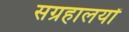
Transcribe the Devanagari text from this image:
सग्रहालयों